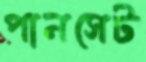
পানসেট